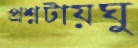
প্রশ্নটায়ঘু